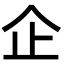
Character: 企